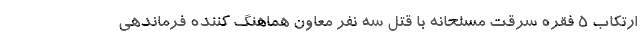
ارتکاب 5 فقره سرقت مسلحانه با قتل سه نفر معاون هماهنگ کننده فرماندهی